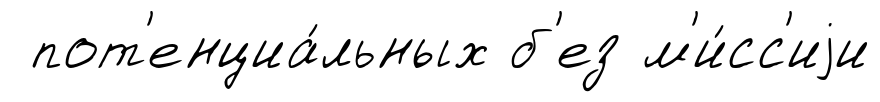
пот'енциа́льных б'ез м'и́сс'иjи